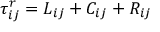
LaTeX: \tau _ { i j } ^ { r } = L _ { i j } + C _ { i j } + R _ { i j }